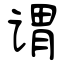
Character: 谓